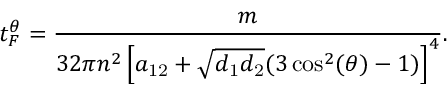
\qquad t _ { F } ^ { \theta } = \frac { m } { 3 2 \pi n ^ { 2 } \left[ a _ { \mathrm { 1 2 } } + \sqrt { d _ { \mathrm { 1 } } d _ { \mathrm { 2 } } } ( 3 \cos ^ { 2 } ( \theta ) - 1 ) \right] ^ { 4 } } .